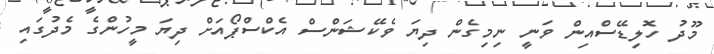
މޫދު ހޮލިޑޭސްއިން ވަނީ ނިމިގެން ދިޔަ ވެކޭޝަންސް އެކްސްޕޯއަށް ދިޔަ މީހުންގެ މެދުގައި